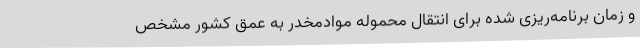
و زمان برنامه‌ریزی شده برای انتقال محموله موادمخدر به عمق کشور مشخص